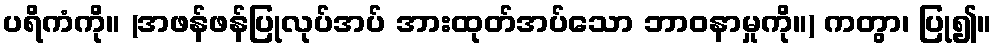
ပရိကံကို။ (အဖန်ဖန်ပြုလုပ်အပ် အားထုတ်အပ်သော ဘာဝနာမှုကို။) ကတွာ၊ ပြု၍။